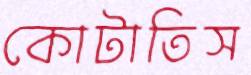
কোটাতিস